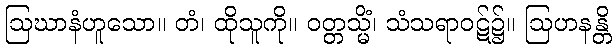
ဩဃာနံဟူသော။ တံ၊ ထိုသူကို။ ဝတ္တသ္မိံ၊ သံသရာဝဋ်၌။ ဩဟနန္တိ